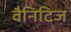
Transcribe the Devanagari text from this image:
वैनिटिज